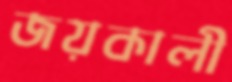
জয়কালী